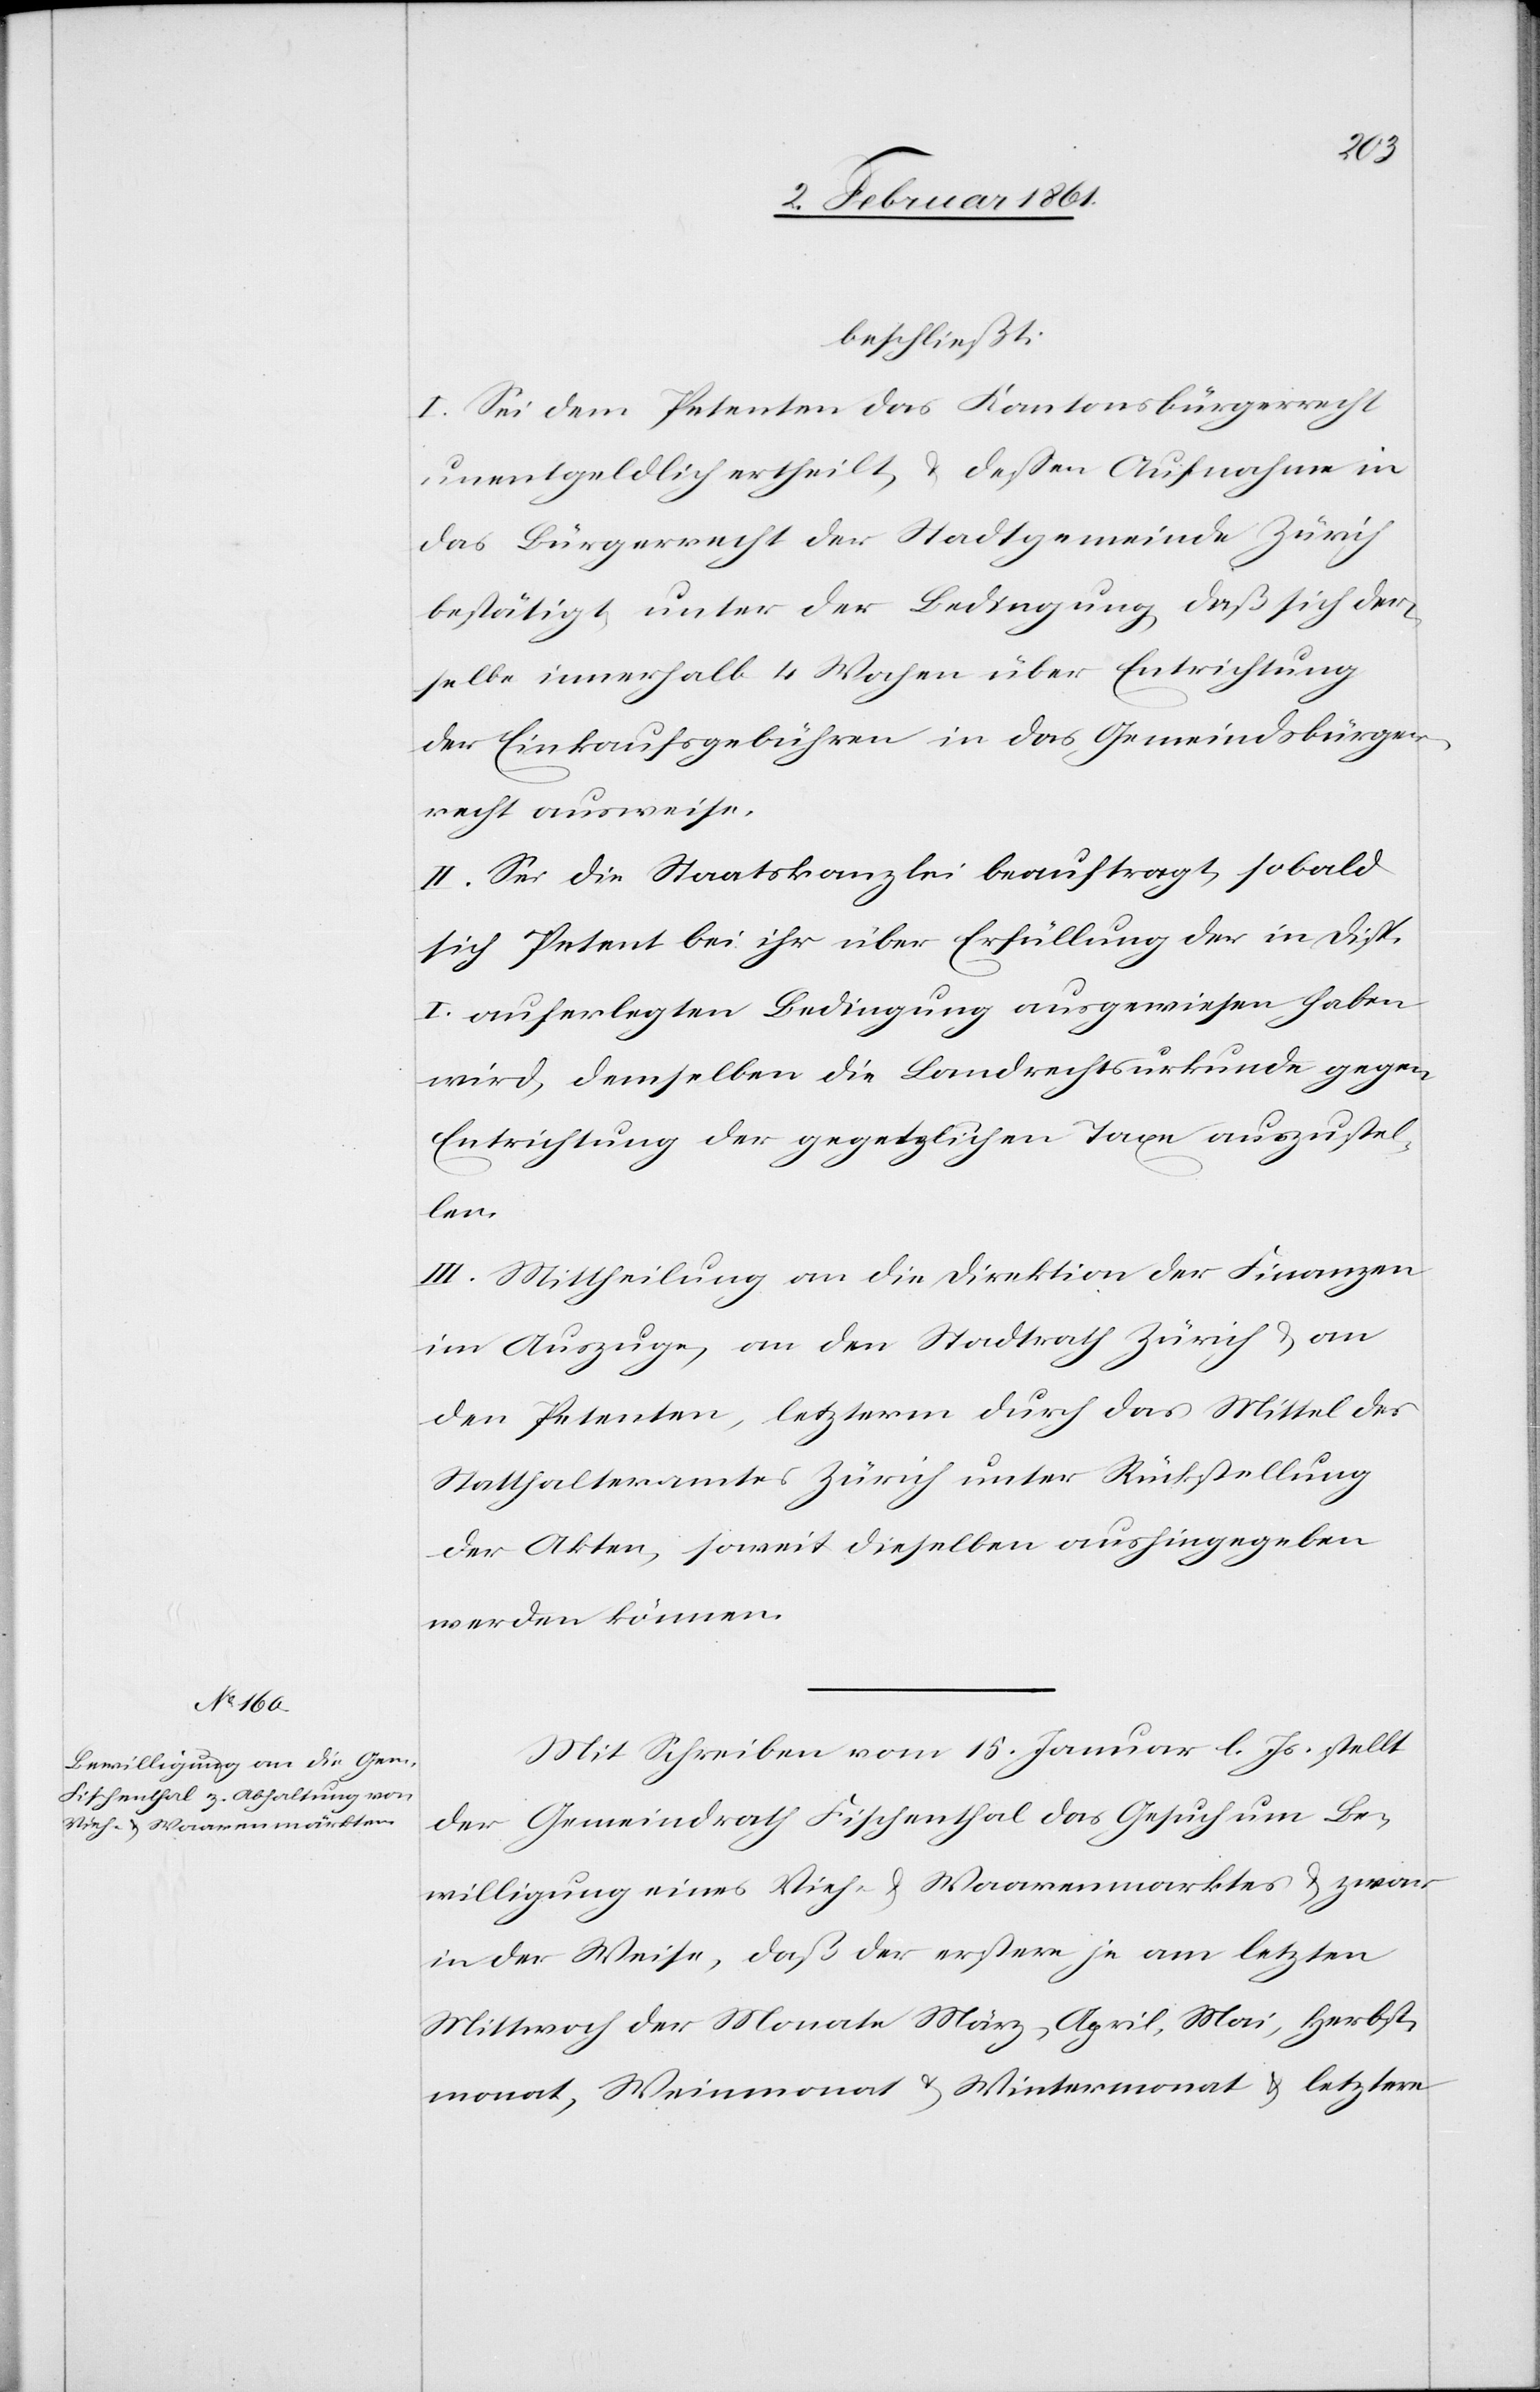
beschließt:
I. Sei dem Petenten das Kantonsbürgerrecht
unentgeldlich ertheilt, u. dessen Aufnahme in
das Bürgerrecht der Stadtgemeinde Zürich
bestätigt, unter der Bedingung, daß sich der¬
selbe innerhalb 4 Wochen über Entrichtung
der Einkaufsgebühren in das Gemeindsbürger¬
recht ausweise.
II. Sei die Staatskanzlei beauftragt, sobald
sich Petent bei ihr über Erfüllung der in Disp.
I. auferlegten Bedingung ausgewiesen haben
wird, demselben die Landrechtsurkunde gegen
Entrichtung der gegetzlichen [recte: gesetzli¬
chen]
III. Mittheilung an die Direktion der Finanzen
im Auszuge, an den Stadtrath Zürich u. an
den Petenten, letzterm durch das Mittel des
Statthalteramtes Zürich unter Rückstellung
der Akten, soweit dieselben aushingegeben
werden können.
Mit Schreiben vom 15. Januar l. Js. stellt
der Gemeindrath Fischenthal das Gesuch um Be¬
willigung eines Vieh- u. Waarenmarktes u. zwar
in der Weise, daß der erstere je am letzten
Mittwoch der Monate März, April, Mai, Herbst¬
monat, Weinmonat u. Wintermonat u. letztere